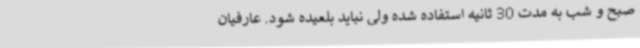
صبح و شب به مدت 30 ثانیه استفاده شده ولی نباید بلعیده شود. عارفیان